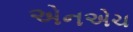
એનએચ